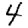
Digit: 4